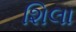
શિલા